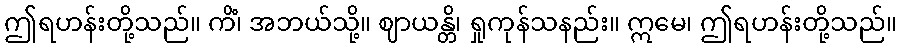
ဤရဟန်းတို့သည်။ ကိံ၊ အဘယ်သို့။ ဈာယန္တိ၊ ရှုကုန်သနည်း။ ဣမေ၊ ဤရဟန်းတို့သည်။